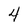
Character: 4